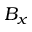
B _ { x }